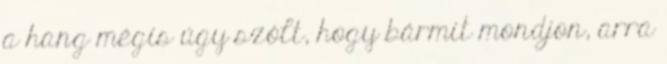
a hang mégis úgy szólt, hogy bármit mondjon, arra